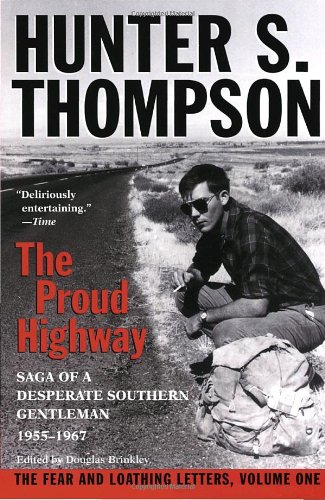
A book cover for The Proud Highway: Saga of a Desperate Southern Gentleman, 1955-1967 (The Fear and Loathing Letters, Vol. 1); Hunter S. Thompson; Literature & Fiction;